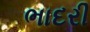
ભાદરી